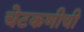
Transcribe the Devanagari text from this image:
चेटकणीची